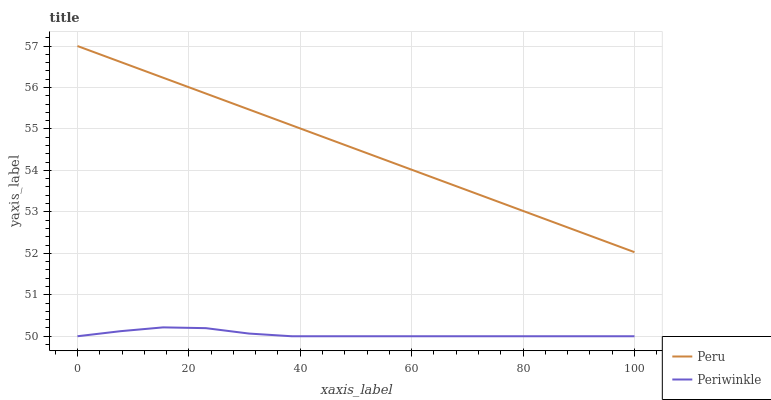
| xaxis_label | Peru | Periwinkle |
 | --- | --- | --- |
 | 0 | 57 | 50 |
 | 7.69 | 56.6 | 50.1 |
 | 15.4 | 56.2 | 50.2 |
 | 23.1 | 55.9 | 50.2 |
 | 30.8 | 55.5 | 50.1 |
 | 38.5 | 55.1 | 50 |
 | 46.2 | 54.7 | 50 |
 | 53.8 | 54.3 | 50 |
 | 61.5 | 53.9 | 50 |
 | 69.2 | 53.6 | 50 |
 | 76.9 | 53.2 | 50 |
 | 84.6 | 52.8 | 50 |
 | 92.3 | 52.4 | 50 |
 | 100 | 52 | 50 |